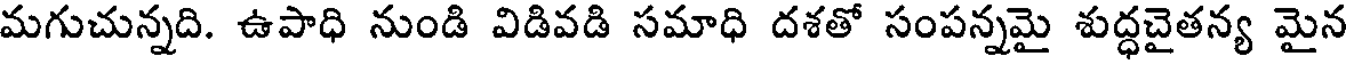
మగుచున్నది. ఉపాధి నుండి విడివడి సమాధి దశతో సంపన్నమై శుద్ధచైతన్య మైన